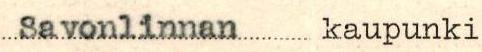
Savonlinnan kaupunki